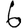
Digit: 6